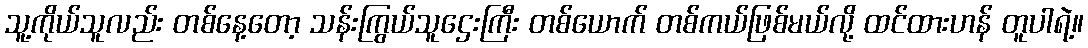
သူ့ကိုယ်သူလည်း တစ်နေ့တော့ သန်းကြွယ်သူဌေးကြီး တစ်ယောက် တစ်ကယ်ဖြစ်မယ်လို့ ထင်ထားဟန် တူပါရဲ့။